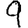
Digit: 9